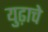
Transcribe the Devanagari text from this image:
युढ़ाचे